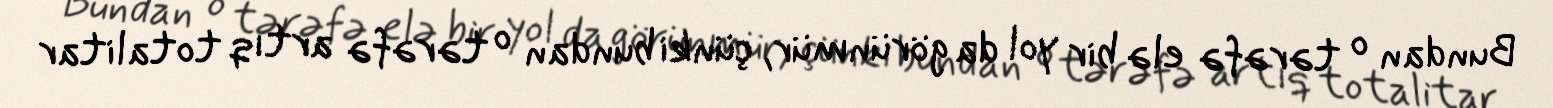
Bundan o tərəfə elə bir yol da görünmür, çünki bundan o tərəfə artıq totalitar